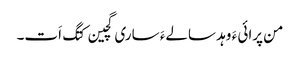
من پرائی ءَ وہد سالےءَ ساری گچین کتگ اَت۔